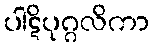
ပါဋိပုဂ္ဂလိကာ